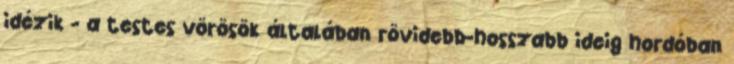
idézik - a testes vörösök általában rövidebb-hosszabb ideig hordóban